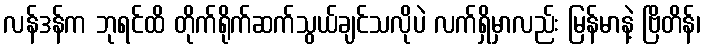
လန်ဒန်က ဘုရင်ထိ တိုက်ရိုက်ဆက်သွယ်ချင်သလိုပဲ လက်ရှိမှာလည်း မြန်မာနဲ့ ဗြိတိန်၊